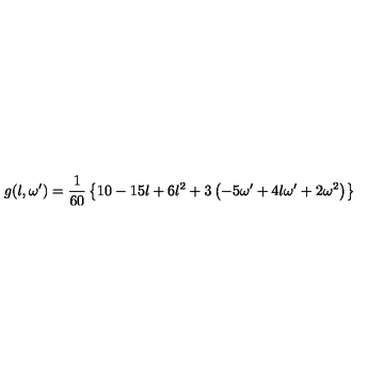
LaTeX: g ( l , \omega ^ { \prime } ) = \frac { 1 } { 6 0 } \left\{ 1 0 - 1 5 l + 6 l ^ { 2 } + 3 \left( - 5 \omega ^ { \prime } + 4 l \omega ^ { \prime } + 2 \omega ^ { 2 } \right) \right\}